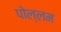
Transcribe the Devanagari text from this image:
पोल्लम